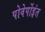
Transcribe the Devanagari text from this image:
पोवेर्पोइंत